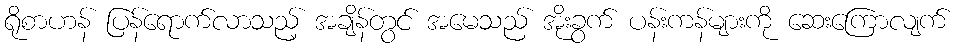
ရိုစာဟန် ပြန်ရောက်လာသည့် အချိန်တွင် အမေသည် အိုးခွက် ပန်းကန်များကို ဆေးကြောလျက်